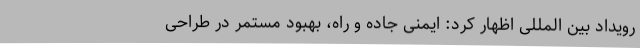
رویداد بین المللی اظهار کرد: ایمنی جاده و راه، بهبود مستمر در طراحی